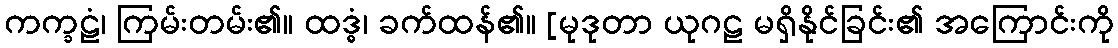
ကက္ခဠံ၊ ကြမ်းတမ်း၏။ ထဒ္ဓံ၊ ခက်ထန်၏။ [မုဒုတာ ယုဂဠ မရှိနိုင်ခြင်း၏ အကြောင်းကို